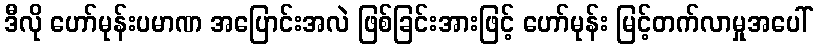
ဒီလို ဟော်မုန်းပမာဏ အပြောင်းအလဲ ဖြစ်ခြင်းအားဖြင့် ဟော်မုန်း မြင့်တက်လာမှုအပေါ်